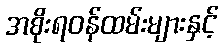
အစိုးရဝန်ထမ်းများနှင့်